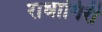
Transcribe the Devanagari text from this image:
राधागिरी